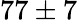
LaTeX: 77\pm 7